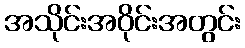
အသိုင်းအဝိုင်းအတွင်း